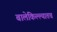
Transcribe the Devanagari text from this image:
बालेकिल्ल्यातच